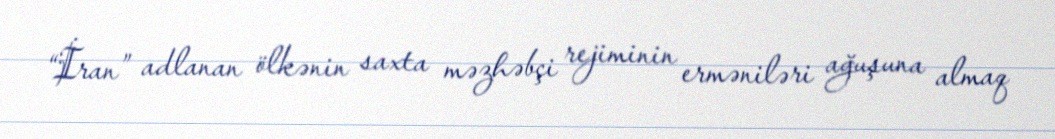
“İran” adlanan ölkənin saxta məzhəbçi rejiminin erməniləri ağuşuna almaq